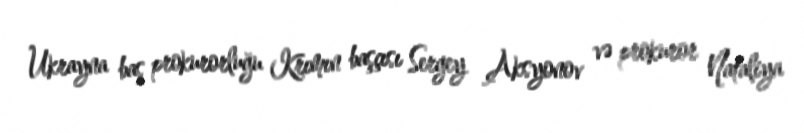
Ukrayna baş prokurorluğu Krımın başçısı Sergey Aksyonov və prokuror Nataliya